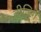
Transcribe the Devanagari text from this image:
बीजिग